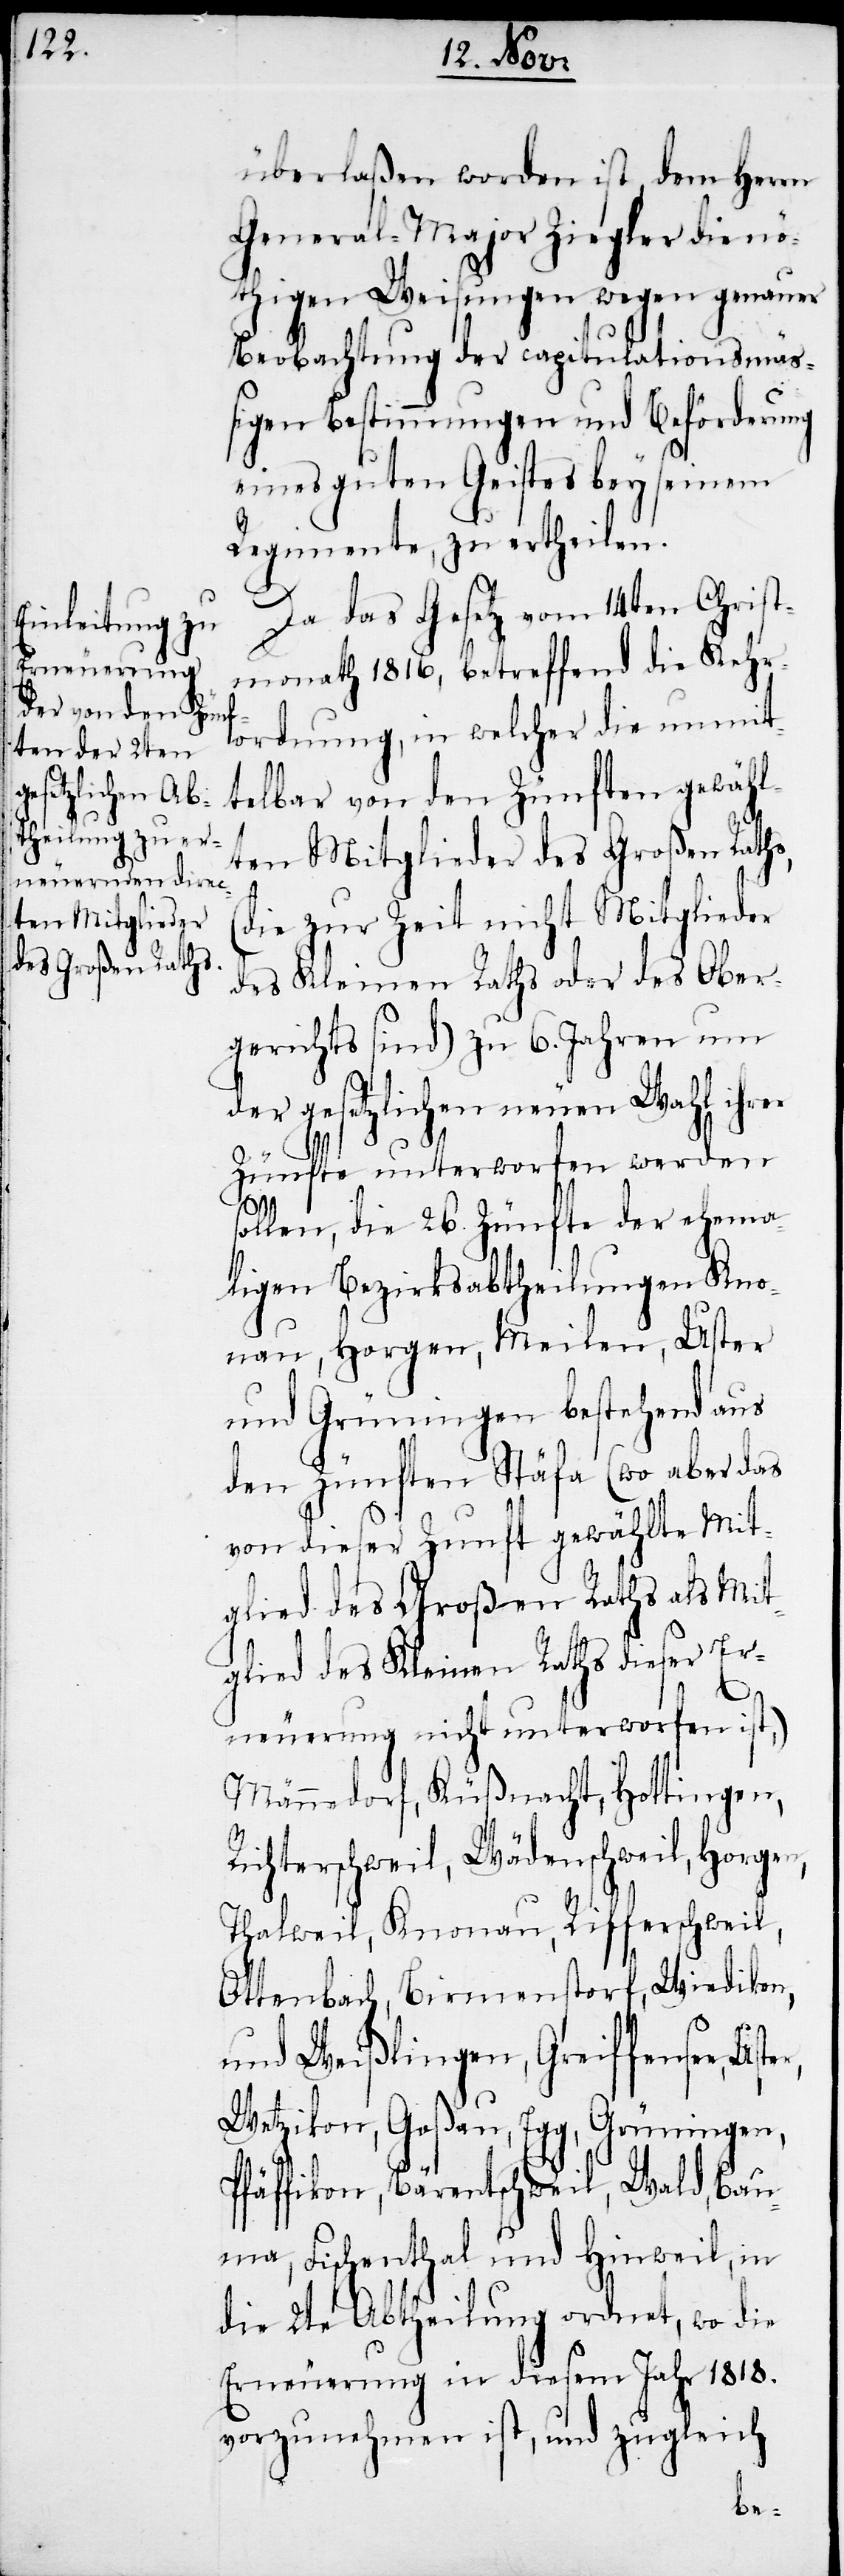
überlaßen worden ist, dem Herrn
General-Major Ziegler die nö¬
thigen Weisungen wegen genauer
Beobachtung der capitulationsmäß¬
igen Bestimmungen und Beförderung
eines guten Geistes bey seinem
Regimente, zu ertheilen.
Da das Gesetz vom 14ten Christ¬
monath 1816, betreffend die Kehr¬
ordnung, in welcher die unmit¬
telbar von den Zünften gewähl¬
ten Mitglieder des Großen Raths,
(die zur Zeit nicht Mitglieder
des Kleinen Raths oder des Ober¬
gerichts sind) zu 6. Jahren um
der gesetzlichen neuen Wahl ihrer
Zünfte unterworfen werden
sollen, die 26. Zünfte der ehema¬
ligen Bezirksabtheilungen Kno¬
nau, Horgen, Meilen, Uster
und Grüningen bestehend aus
den Zünften Stäfa (wo aber das
von dieser Zunft gewählte Mit¬
glied des Kleinen Raths dieser Er¬
neuerung nicht unterworfen ist,)
Männedorf, Küßnacht, Hottingen,
Richterschweil, Wädenschweil, Horgen,
Thalweil, Knonau, Rifferschweil,
Ottenbach, Birmenstorf, Wiedikon,
und Weißlingen, Greiffensee,
Wetzikon, Goßau, Egg, Grüningen,
Pfäffikon, Bärentschweil, Wald, Ba¬
uma, Fischenthal und Hinweil, in
die 2te Abtheilung ordnet, wo die
Erneuerung in diesem Jahr 1818.
vorzunehmen ist, und zugleich